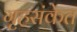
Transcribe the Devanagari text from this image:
गृहसंकेत